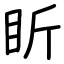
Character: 盺